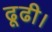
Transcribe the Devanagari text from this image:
ढूढी।